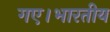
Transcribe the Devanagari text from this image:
गए।भारतीय